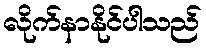
လိုက်နာနိုင်ပါသည်